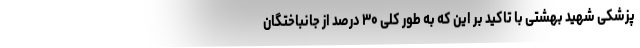
پزشکی شهید بهشتی با تاکید بر این که به طور کلی ۳۰ درصد از جانباختگان